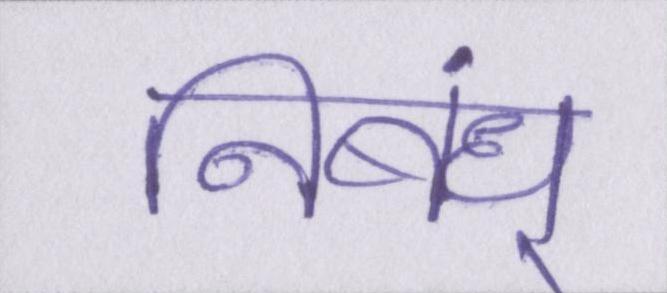
निबंध्